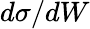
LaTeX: d\sigma/dW